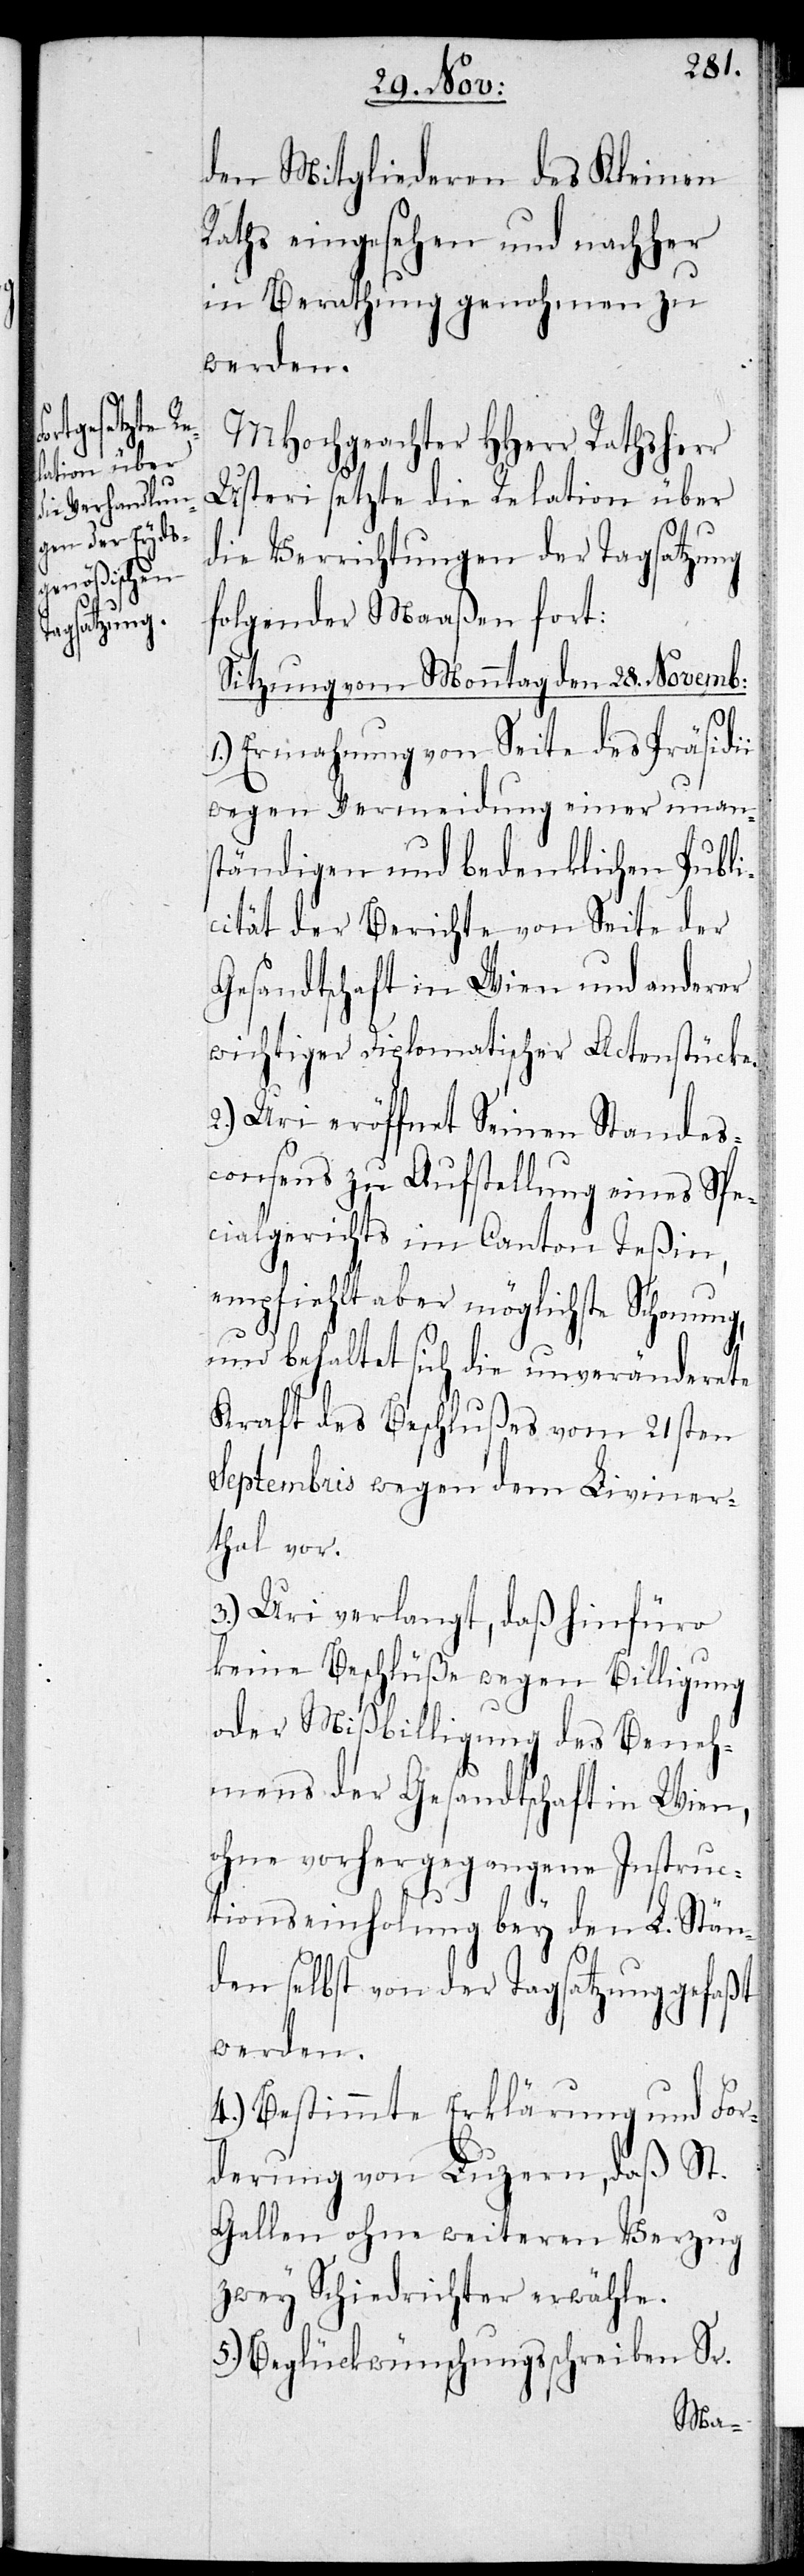
den Mitgliederen des Kleinen
Raths eingesehen und nachher
in Berathung genohmen zu
werden.
MHochgeachter HHerr Rathsherr
Usteri setzte die Relation über
die Verrichtungen der Tagsatzung
folgender Maaßen fort:
Sitzung vom Monntag den 28. Novemb:
1.) Ermahnung von Seite des Präsidii
wegen Vermeidung einer unan¬
ständigen und bedenklichen Publi¬
cität der Berichte von Seite der
Gesandtschaft in Wien und anderer
wichtiger Diplomatischer Actenstücke.
2.) Uri eröffnet Seinen Standes¬
consens zu Aufstellung eines Spe¬
cialgerichts im Canton Teßin,
empfiehlt aber möglichste Schonung,
und behaltet sich die unveränderete
Kraft des Beschlußes vom 21sten
Septembris wegen dem Liviner¬
thal vor.
3.) Uri verlangt, daß hinfüro
keine Beschlüße wegen Billigung
oder Mißbilligung des Beneh¬
mens der Gesandtschaft in Wien,
ohne vorhergegangene Instruc¬
tionseinholung bey den L. Stän¬
den selbst von der Tagsatzung gefaßt
werden.
4.) Bestimmte Erklärung und For¬
derung von Luzern, daß St.
Gallen ohne weiteren Verzug
zwey Schiedrichter erwähle.
5.) Beglückwünschungsschreiben Sr.